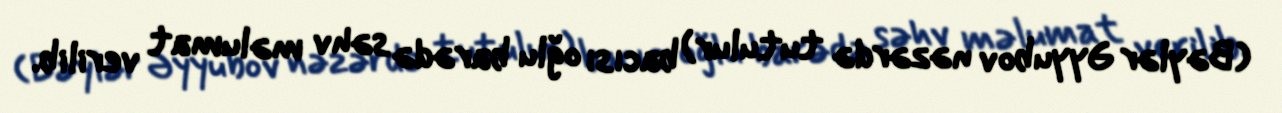
(Bəylər Əyyubov nəzərdə tutulur) bacısı oğlu barədə səhv məlumat verilib.